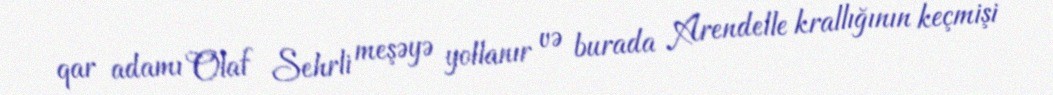
qar adamı Olaf Sehrli meşəyə yollanır və burada Arendelle krallığının keçmişi